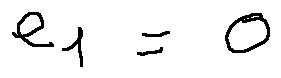
e _ { 1 } = 0